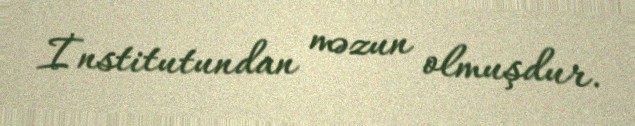
İnstitutundan məzun olmuşdur.